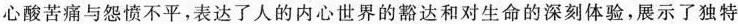
心酸苦痛与怨愤不平，表达了人的内心世界的豁达和对生命的深刻体验，展示了独特